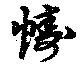
幬